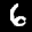
Label: 6